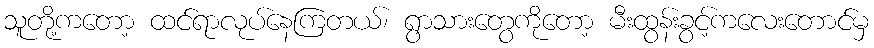
သူတို့ကတော့ ထင်ရာလုပ်နေကြတယ်၊ ရွာသားတွေကိုတော့ မီးထွန်းခွင့်ကလေးတောင်မှ